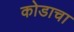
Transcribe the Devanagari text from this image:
कोडाचा